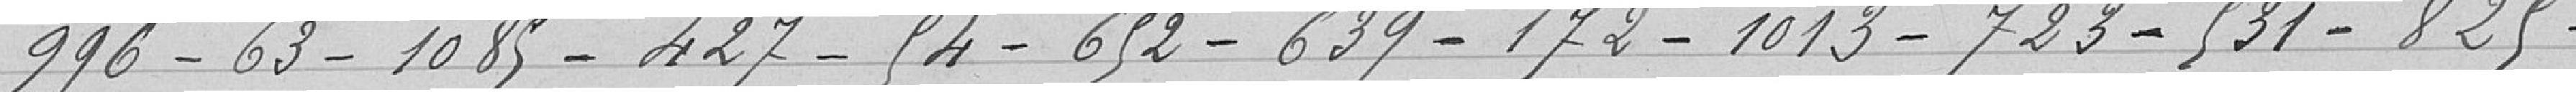
996 - 63 - 1085 - 427 - 54 - 652 - 639 - 172 - 1013 - 723 - 531 - 825 -